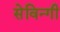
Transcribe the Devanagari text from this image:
सेविन्गी